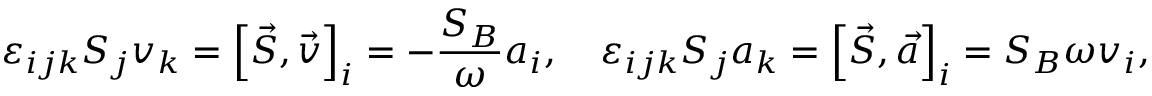
\varepsilon _ { i j k } S _ { j } v _ { k } = \left[ \vec { S } , \vec { v } \right] _ { i } = - \frac { S _ { B } } { \omega } a _ { i } , \quad \varepsilon _ { i j k } S _ { j } a _ { k } = \left[ \vec { S } , \vec { a } \right] _ { i } = { S _ { B } } { \omega } v _ { i } ,